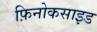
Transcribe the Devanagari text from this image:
फ़िनोकसाइड